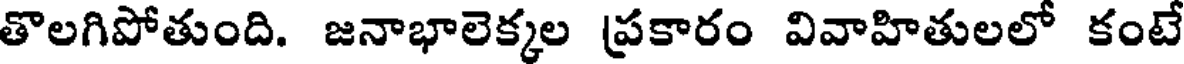
తొలగిపోతుంది. జనాభాలెక్కల ప్రకారం వివాహితులలో కంటే